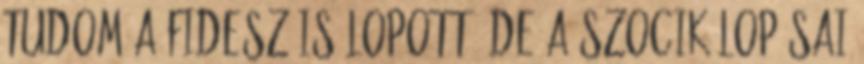
Tudom a fidesz is lopott, de a szocik lopásai